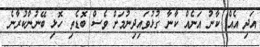
އަދި އެއް ކާނު އަނެއް ކާނާ ގުޅުވައިދިނުމަށް ވެސް ބޮޑެތި ހޮޅި ބޭނުންކުރާނެ